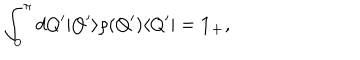
\int _ { 0 } ^ { \pi } d Q ^ { \prime } | Q ^ { \prime } \rangle \rho ( Q ^ { \prime } ) \langle Q ^ { \prime } | = { \bf 1 _ { + } } ,